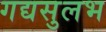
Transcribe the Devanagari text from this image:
गद्यसुलभ